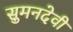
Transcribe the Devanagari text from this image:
सुमनदेवी